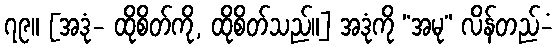
၇၉။ [အဒုံ- ထိုစိတ်ကို, ထိုစိတ်သည်။] အဒုံကို “အမု” လိန်တည်-ံ